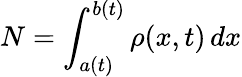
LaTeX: N=\int_{a(t)}^{b(t)}\rho(x,t)\, dx